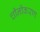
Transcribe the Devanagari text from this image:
चीनीकरण